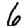
Digit: 6